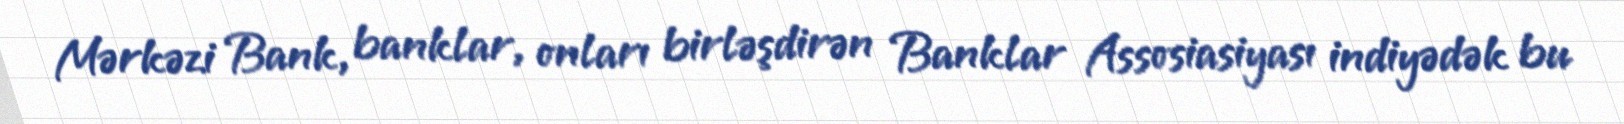
Mərkəzi Bank, banklar, onları birləşdirən Banklar Assosiasiyası indiyədək bu